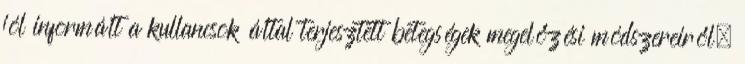
jól informált a kullancsok által terjesztett betegségek megelőzési módszereiről,